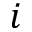
i